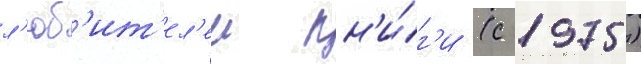
л'юб'ит'ел'еи кн'и́г'и (с 1975)